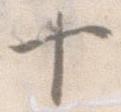
十